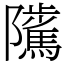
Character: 𨽥